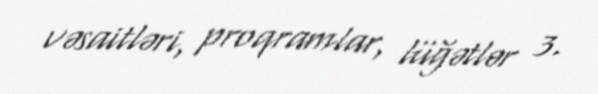
vəsaitləri, proqramlar, lüğətlər 3.